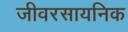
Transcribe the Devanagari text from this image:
जीवरसायनिक